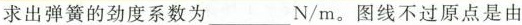
求出弹簧的劲度系数为___N/m。图线不过原点是由